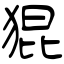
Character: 猑